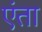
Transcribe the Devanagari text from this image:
एंता